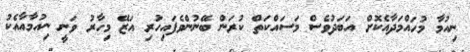
ނިއުމާ މުހައްމަދާއެކޮށް އަބަދުވެސް މަސައްކަތް ކުރަން ބޭނުންވެފައިހުރި އަޒޭ މިހާރު ވަނީ ނިއުމާއާއެކު